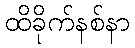
ထိခိုက်နစ်နာ